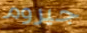
جيروم